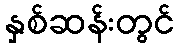
နှစ်ဆန်းတွင်